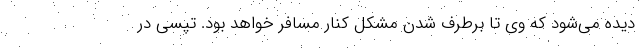
دیده می‌شود که وی تا برطرف شدن مشکل کنار مسافر خواهد بود. تپسی در